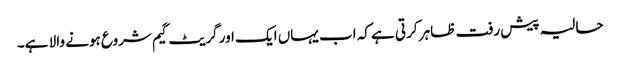
حالیہ پیش رفت ظاہر کرتی ہے کہ اب یہاں ایک اور گریٹ گیم شروع ہونے والا ہے۔